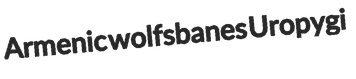
Armenic wolfsbanes Uropygi